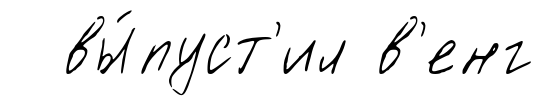
вы́пуст'ил в'енг